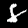
Label: 8